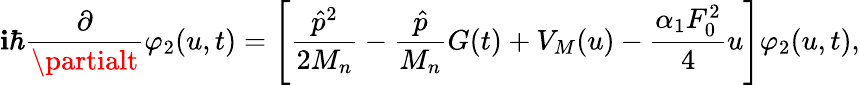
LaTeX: \mathbf{i}\hbar\frac{{\partial}}{{\partialt}}\varphi_{2}(u,t)=\left[\frac{{\hat{{p}}^{2}}}{{2M_{n}}}-\frac{{\hat{{p}}}}{{M_{n}}}G(t)+V_{M}(u)-\frac{{\alpha_{1}F_{0}^{2}}}{{4}}u\right]\varphi_{2}(u,t),